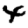
Digit: 4